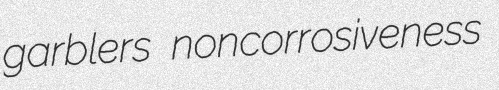
garblers noncorrosiveness